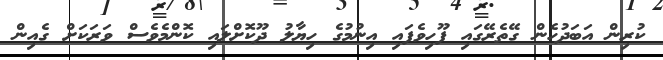
ކުރިން އަބަދުހެން ގޭތެރޭގައި ފޫހިވެފައި އިނުމުގެ ހިޔާލު ދޫކޮށްލައި ކޮންމެވެސް ވަރަކަށް ގެއިން